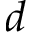
d